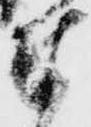
奉